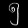
Digit: ၅